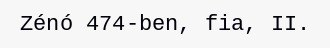
Zénó 474-ben, fia, II.